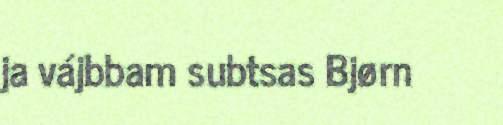
ja vájbbam subtsas Bjørn